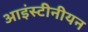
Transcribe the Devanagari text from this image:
आइंस्टीनीयन